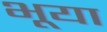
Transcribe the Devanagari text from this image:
भूया